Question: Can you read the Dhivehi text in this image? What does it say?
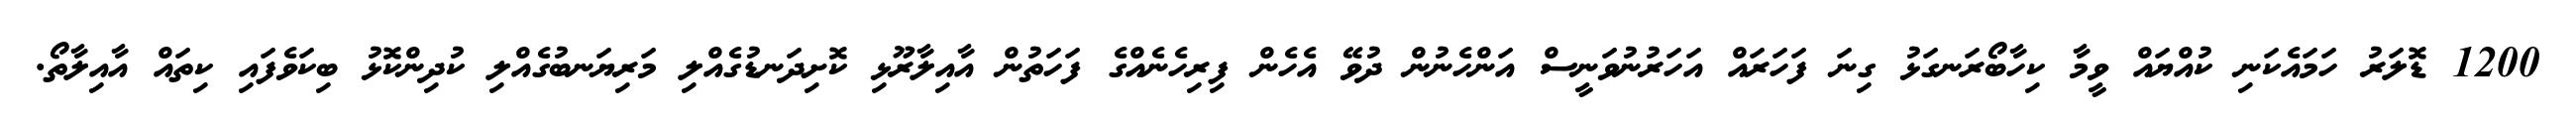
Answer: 1200 ޑޮލަރު ހަމައެކަނި ކުއްޔައް ވީމާ ކިހާބޯރަނގަޅު ގިނަ ފަހަރައް އަހަރުނުވަނީސް އަންހެނުން ދުވޭ އެހެން ފިރިހެނެއްގެ ފަހަތުން އާއިލާރޫޅި ކޮށިދަނޑުގެއްލި މަރިޔަނބުގެއްލި ކުދިންކޮޅު ބިކަވެފައި ކިތައް އާއިލާތޯ.